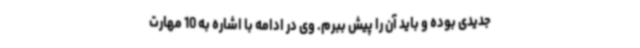
جدیدی بوده و باید آن را پیش ببرم. وی در ادامه با اشاره به 10 مهارت